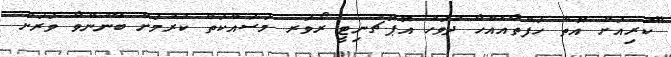
"ކުރިއަށް އޮތް ހަފްތާއެއްހާ ދުވަހު އޮޕޮޗުނިޓީ ރޯވަރ މަސައްކަތް ކުރުމަށް ބޭނުންވާ ވަރަށް